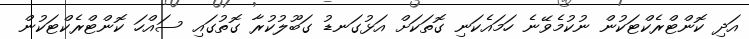
އަދި ކޮންޓްރެކްޓަކުން ނުކުމެވޭނެ ހަމައެކަނި ގޮތަކަށް އަޅުގަނޑު ގަބޫލުކުރާ ގޮތުގައި ސައްހަ ކޮންޓްރެކްޓަކުން